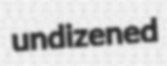
undizened